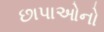
છાપાઓનો